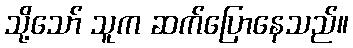
သို့သော် သူက ဆက်ပြောနေသည်။